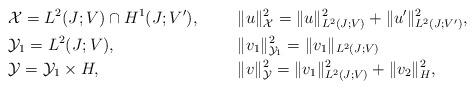
LaTeX: \begin{align*}&\mathcal{X}=L^2(J;V)\cap H^1(J;V'),&& \|u\|_{\mathcal{X}}^2=\|u\|_{L^2(J;V)}^2+\|u'\|_{L^2(J;V')}^2,\\&\mathcal{Y}_1=L^2(J;V), &&\|v_1\|_{\mathcal{Y}_1}^2=\|v_1\|_{L^2(J;V)}\\&\mathcal{Y}=\mathcal{Y}_1 \times H, && \|v\|_{\mathcal{Y}}^2 =\|v_1\|_{L^2(J;V)}^2+\|v_2\|_H^2,\end{align*}